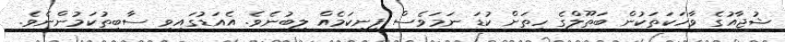
ޝުޖާއުގެ ވާހަކަތަކުން ބަތޫލްގެ ހިތަށް ކުޑަ ނަމަވެސް ފިނިކަމެއް ލިބުނެވެ. އެއަޑުގައިވި ސާބިތުކަމުންނެވެ.